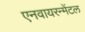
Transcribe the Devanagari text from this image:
एनवायरन्मेंटल